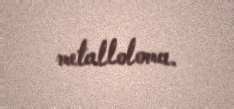
metalloloma.